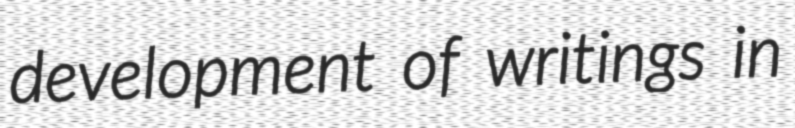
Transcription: development of writings in